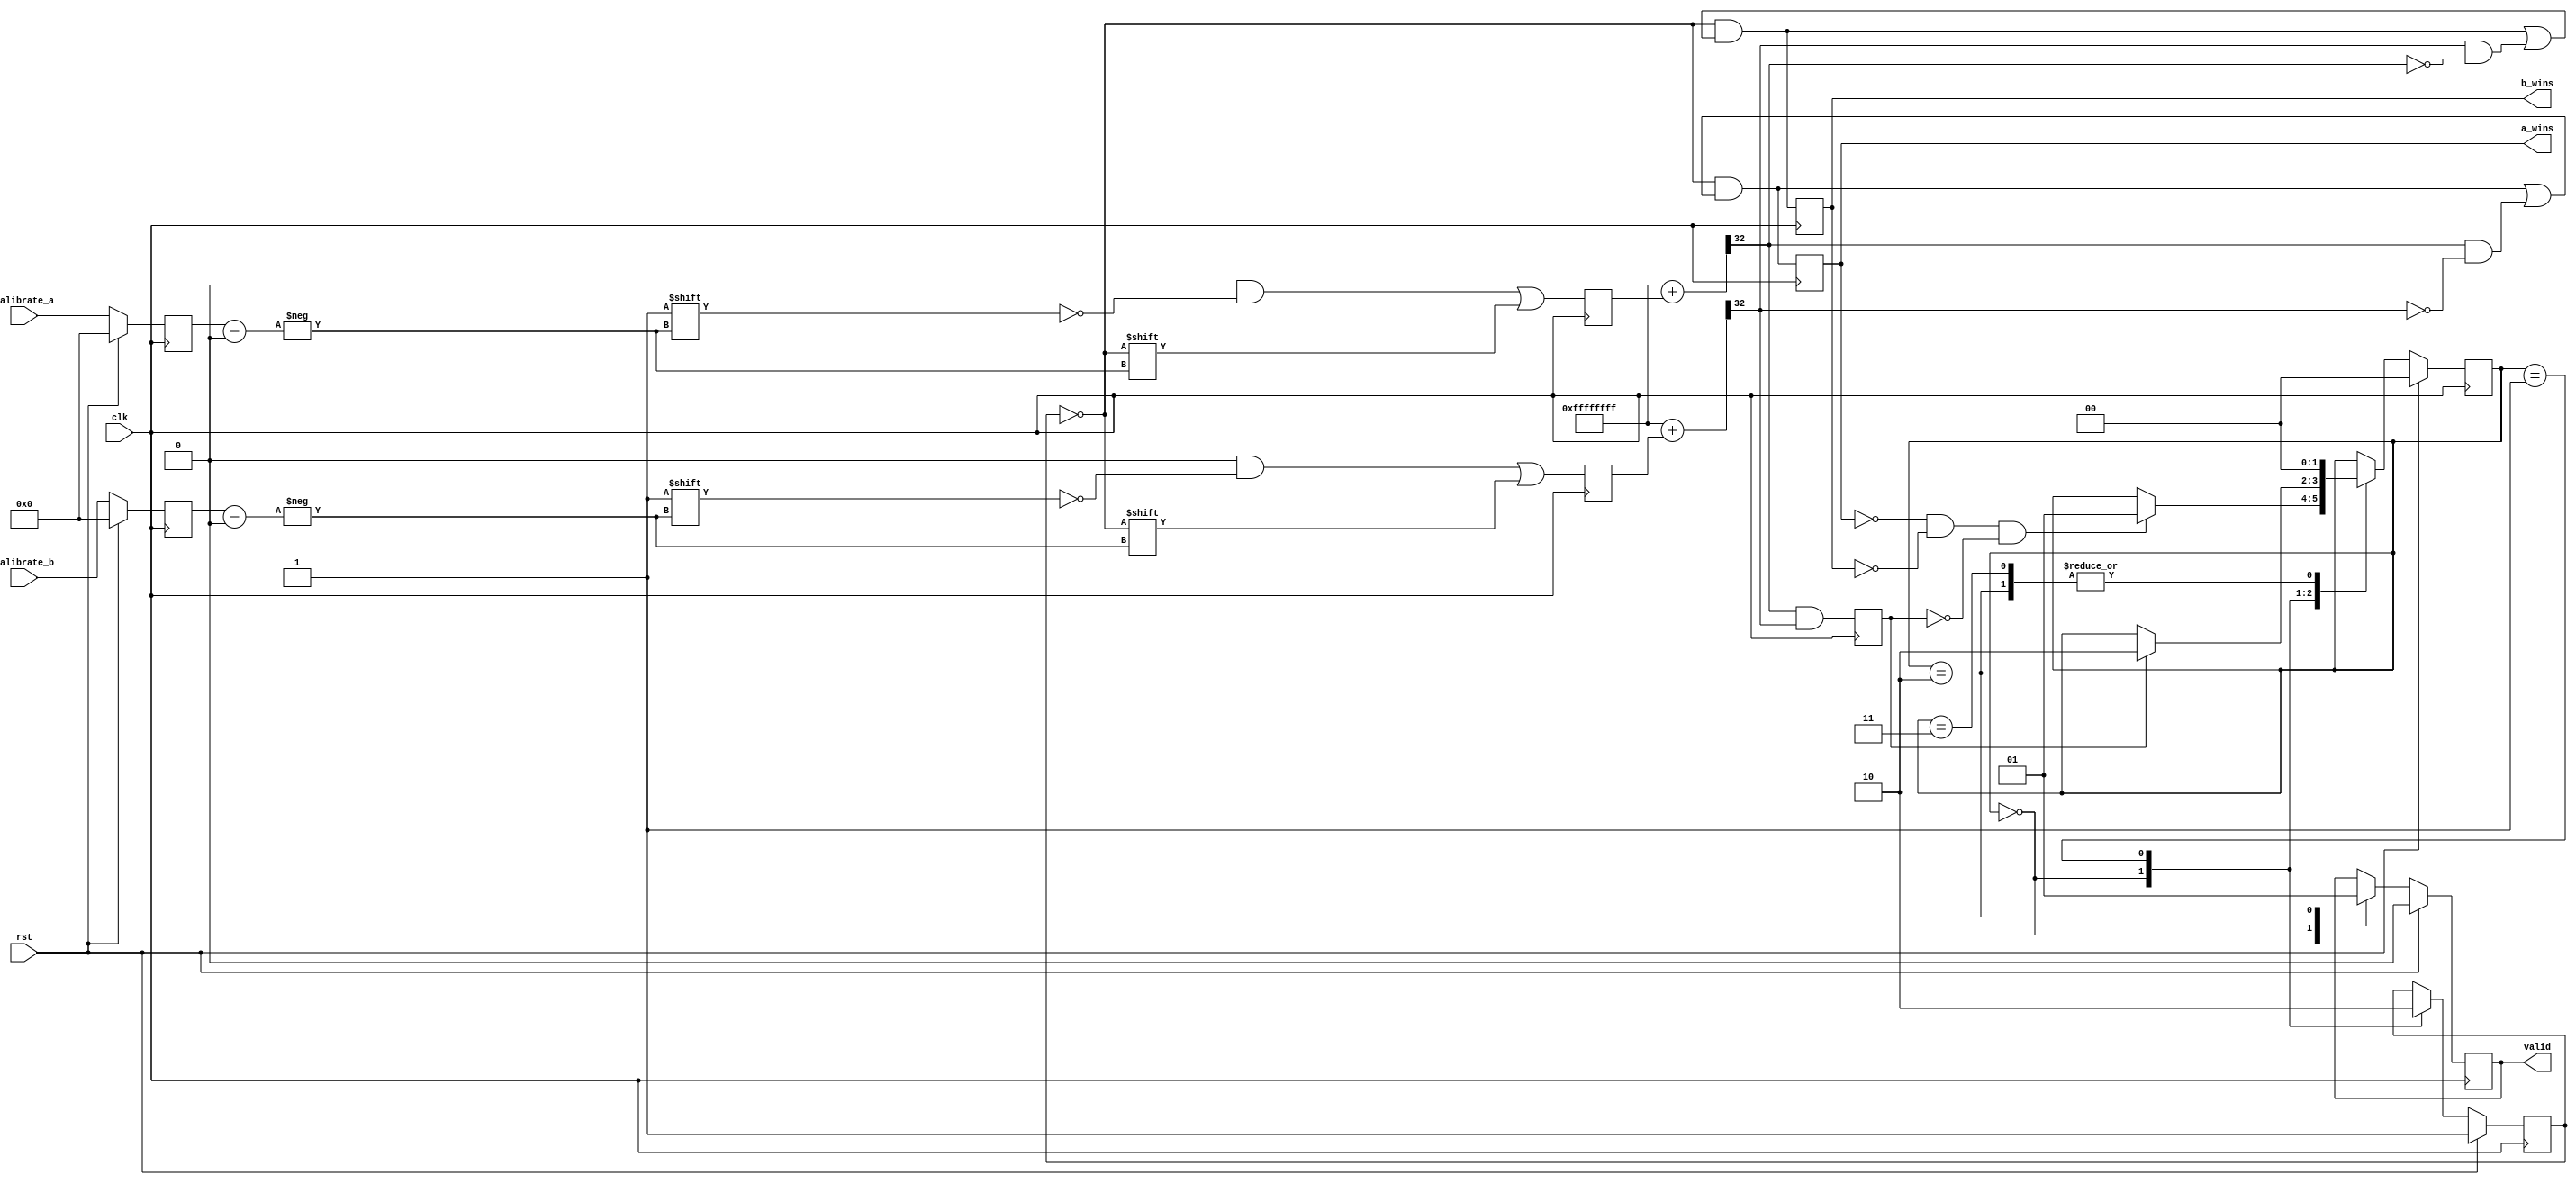
// Copyright 2008 Altera Corporation. All rights reserved.  
// Altera products are protected under numerous U.S. and foreign patents, 
// maskwork rights, copyrights and other intellectual property laws.  
//
// This reference design file, and your use thereof, is subject to and governed
// by the terms and conditions of the applicable Altera Reference Design 
// License Agreement (either as signed by you or found at www.altera.com).  By
// using this reference design file, you indicate your acceptance of such terms
// and conditions between you and Altera Corporation.  In the event that you do
// not agree with such terms and conditions, you may not use the reference 
// design file and please promptly destroy any copies you have made.
//
// This reference design file is being provided on an "as-is" basis and as an 
// accommodation and therefore all warranties, representations or guarantees of 
// any kind (whether express, implied or statutory) including, without 
// limitation, warranties of merchantability, non-infringement, or fitness for
// a particular purpose, are specifically disclaimed.  By making this reference
// design file available, Altera expressly does not recommend, suggest or 
// require that this reference design file be used in combination with any 
// other product not provided by Altera.
/////////////////////////////////////////////////////////////////////////////

// baeckler - 03-28-2008

module chain_delay_race
(
	clk,rst,
	calibrate_a,
	calibrate_b,
	a_wins,
	b_wins,
	valid		
);

parameter CHAIN_LEN = 32;
parameter CALIBRATE_BITS = 4;
localparam CALIBRATE_DEC = (1<<CALIBRATE_BITS);

input clk,rst;
input [CALIBRATE_BITS-1:0] calibrate_a;
input [CALIBRATE_BITS-1:0] calibrate_b;
output a_wins,b_wins,valid;

reg flush, valid;

///////////////////////
// input regs
///////////////////////
reg [CALIBRATE_BITS-1:0] calibrate_a_r /* synthesis preserve */;
reg [CALIBRATE_BITS-1:0] calibrate_b_r /* synthesis preserve */;

always @(posedge clk) begin
	if (rst) begin
		calibrate_a_r <= 0;
		calibrate_b_r <= 0;
	end
	else begin
		calibrate_a_r <= calibrate_a;
		calibrate_b_r <= calibrate_b;
	end
end

///////////////////////
// path A
///////////////////////
reg [CALIBRATE_DEC-1:0] calibrate_a_dec;
always @(posedge clk) begin
	calibrate_a_dec <= 0;
	calibrate_a_dec[calibrate_a_r] <= !flush;
end

wire [CHAIN_LEN:0] chain_a = {CHAIN_LEN{1'b1}} + calibrate_a_dec;
wire a_out = chain_a[CHAIN_LEN];

///////////////////////
// path B
///////////////////////
reg [CALIBRATE_DEC-1:0] calibrate_b_dec;
always @(posedge clk) begin
	calibrate_b_dec <= 0;
	calibrate_b_dec[calibrate_b_r] <= !flush;
end

wire [CHAIN_LEN:0] chain_b = {CHAIN_LEN{1'b1}} + calibrate_b_dec;
wire b_out = chain_b[CHAIN_LEN];

///////////////////////
// finish line latches
///////////////////////
wire a_wins_latch, b_wins_latch /* synthesis keep */;
wire trial_complete = a_out & b_out;
assign a_wins_latch = !flush & (a_wins_latch | (a_out & !b_out));
assign b_wins_latch = !flush & (b_wins_latch | (b_out & !a_out));

///////////////////////
// resynchronize
///////////////////////
reg a_wins, b_wins, stable /* synthesis preserve */;
always @(posedge clk) begin
	a_wins <= a_wins_latch;
	b_wins <= b_wins_latch;
	stable <= trial_complete;	
end

////////////////////////////////////
// control - continuous retrigger
////////////////////////////////////
reg [1:0] state /* synthesis preserve */;

always @(posedge clk) begin
	if (rst) begin
		flush <= 1'b1;
		state <= 2'b00;
		valid <= 1'b0;
	end
	else begin
		case (state)
			2'b00 : begin
				flush <= 1'b1;
				valid <= 1'b0;
				if (!a_wins & !b_wins & !stable) state <= 2'b01;
			end
			2'b01 : begin
				flush <= 1'b0;
				if (stable) state <= 2'b10;
			end
			2'b10 : begin
				valid <= 1'b1;
				state <= 2'b00;
			end
			2'b11 : begin
				// unreachable
				state <= 2'b00;
			end
		endcase
	end
end

endmodule